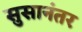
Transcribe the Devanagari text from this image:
सुसानंतर